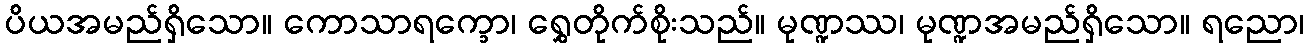
ပိယအမည်ရှိသော။ ကောသာရက္ခော၊ ရွှေတိုက်စိုးသည်။ မုဏ္ဍဿ၊ မုဏ္ဍအမည်ရှိသော။ ရညော၊